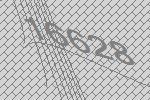
16628